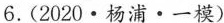
6.（2020\cdot杨浦\cdot一模）